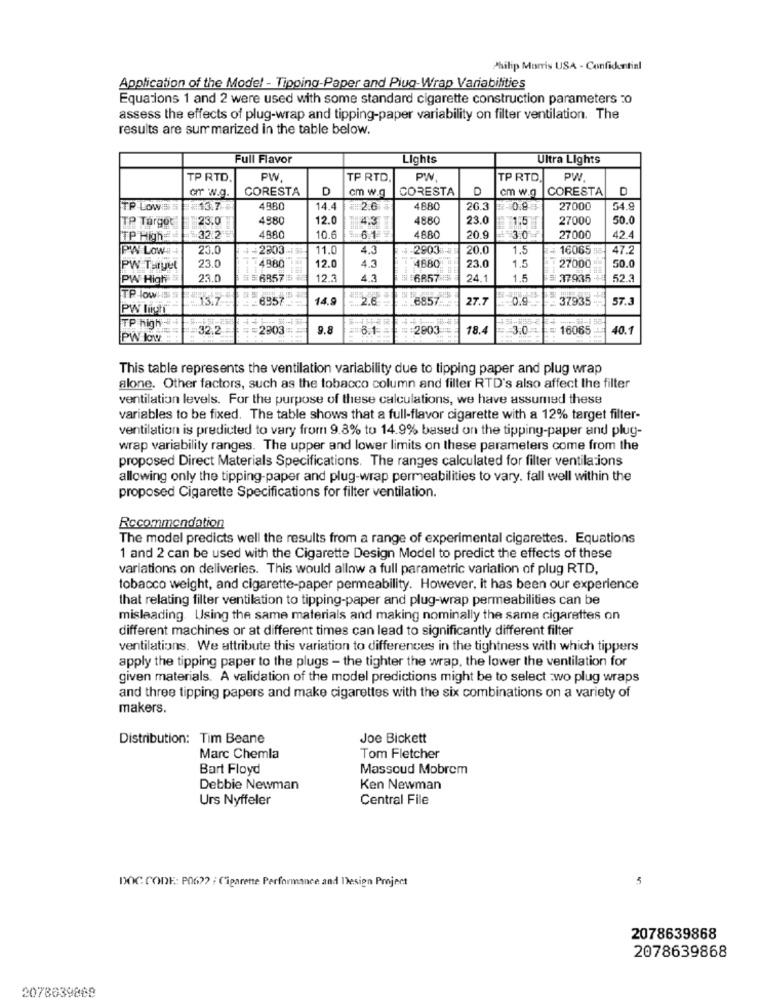
Philip Morris USA - Confidential
Application of the Model - Tipoing-Paper and Plug-Wrap Variabilities
Equations 1 and 2 were used with some standard cigarette construction parameters :0
assess the effects of plug-wrap and tipping-paper variability on filter ventilation. The
results are summarized in the table below.
Full Flavor
Lights
Ultra Lights
TP RTD.
PW
TP RTD
PW,
TP RTD,
PW
CORESTA
D
cm w.g
CORESTA
D
cm w.g
CORESTA
D
orr w.g.
TP -LOWE
113.7
4980
14.4
2.6
4880
26.3
0.93
27000
54.9
23.0
4980
12.0
4.3
4880
23.0
1.5
27000
50.0
TP Target
TP High:
32.2
4880
10.6
6.1
4880
20.9
3.0
27000
42.4
PW Low#-
23.0
2303
11.0
4.3
2903%
20.0
1.5
16065
47.2
23.0
50.0
PW Turyet
4980
12.0
4.3
4880
23.0
1.5
27000
PW High
23.0
6857
12.3
4.3
6857
24.1
1.5
37935
52.3
TP-low !!
13.7
6957
14.9
2.6
6857 -...
27.7
37935
57.3
PW light
TP high
32.2
2803
9.8
6.1
2803
18.4
3.0
16065
40.1
PW low
This table represents the ventilation variability due to tipping paper and plug wrap
alone. Other factors, such as the tobacco column and filter RTD's also affect the filter
ventilation levels. For the purpose of these calculations, we have assumed these
variables to be fixed. The table shows that a full-flavor cigarette with a 12% target filter-
ventilation is predicted to vary from 9.8% to 14.9% based on the tipping-paper and plug-
wrap variability ranges. The upper and lower limits on these parameters come from the
proposed Direct Materials Specifications. The ranges calculated for filter ventilations
allowing only the tipping-paper and plug-wrap permeabilities to vary. fall well within the
proposed Cigarette Specifications for filter ventilation.
Recommendation
The model predicts well the results from a range of experimental cigarettes. Equations
1 and 2 can be used with the Cigarette Design Model to predict the effects of these
variations on deliveries. This would allow a full parametric variation of plug RTD,
tobacco weight, and cigarette-paper permeability. However, it has been our experience
that relating filter ventilation to tipping-paper and plug-wrap permeabilities can be
misleading. Using the same materials and making nominally the same cigarettes on
different machines or at different times can lead to significantly different filter
ventilations. We attribute this variation to differences in the tightness with which tippers
apply the tipping paper to the plugs - the tighter the wrap, the lower the ventilation for
given materials. A validation of the model predictions might be to select :wo plug wraps
and three tipping papers and make cigarettes with the six combinations on a variety of
makers.
Distribution: Tim Beane
Joe Bickett
Marc Chemla
Tom Fletcher
Bart Floyd
Massoud Mobrem
Debbie Newman
Ken Newman
Urs Nyffeler
Central File
5
DOC CODE: P06 ?? : Cigarette Performance and Design Project
2078639868
2078639868
2078639868